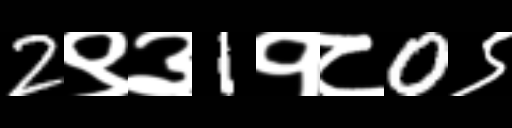
Text: 2९३1१८0९